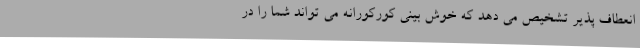
انعطاف پذیر تشخیص می دهد که خوش بینی کورکورانه می تواند شما را در